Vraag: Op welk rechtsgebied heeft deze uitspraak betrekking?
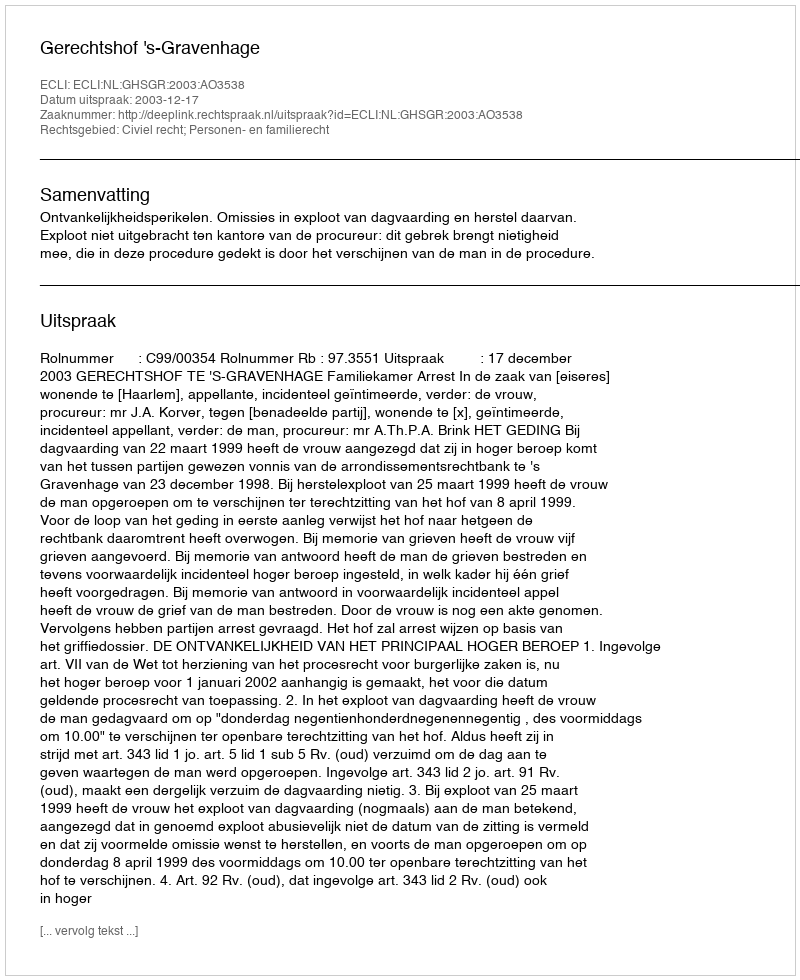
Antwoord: Civiel recht; Personen- en familierecht